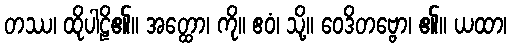
တဿ၊ ထိုပါဠိ၏။ အတ္ထော၊ ကို။ ဧဝံ၊ သို့။ ဝေဒိတဗ္ဗော၊ ၏။ ယထာ၊